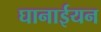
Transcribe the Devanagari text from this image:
घानाईयन